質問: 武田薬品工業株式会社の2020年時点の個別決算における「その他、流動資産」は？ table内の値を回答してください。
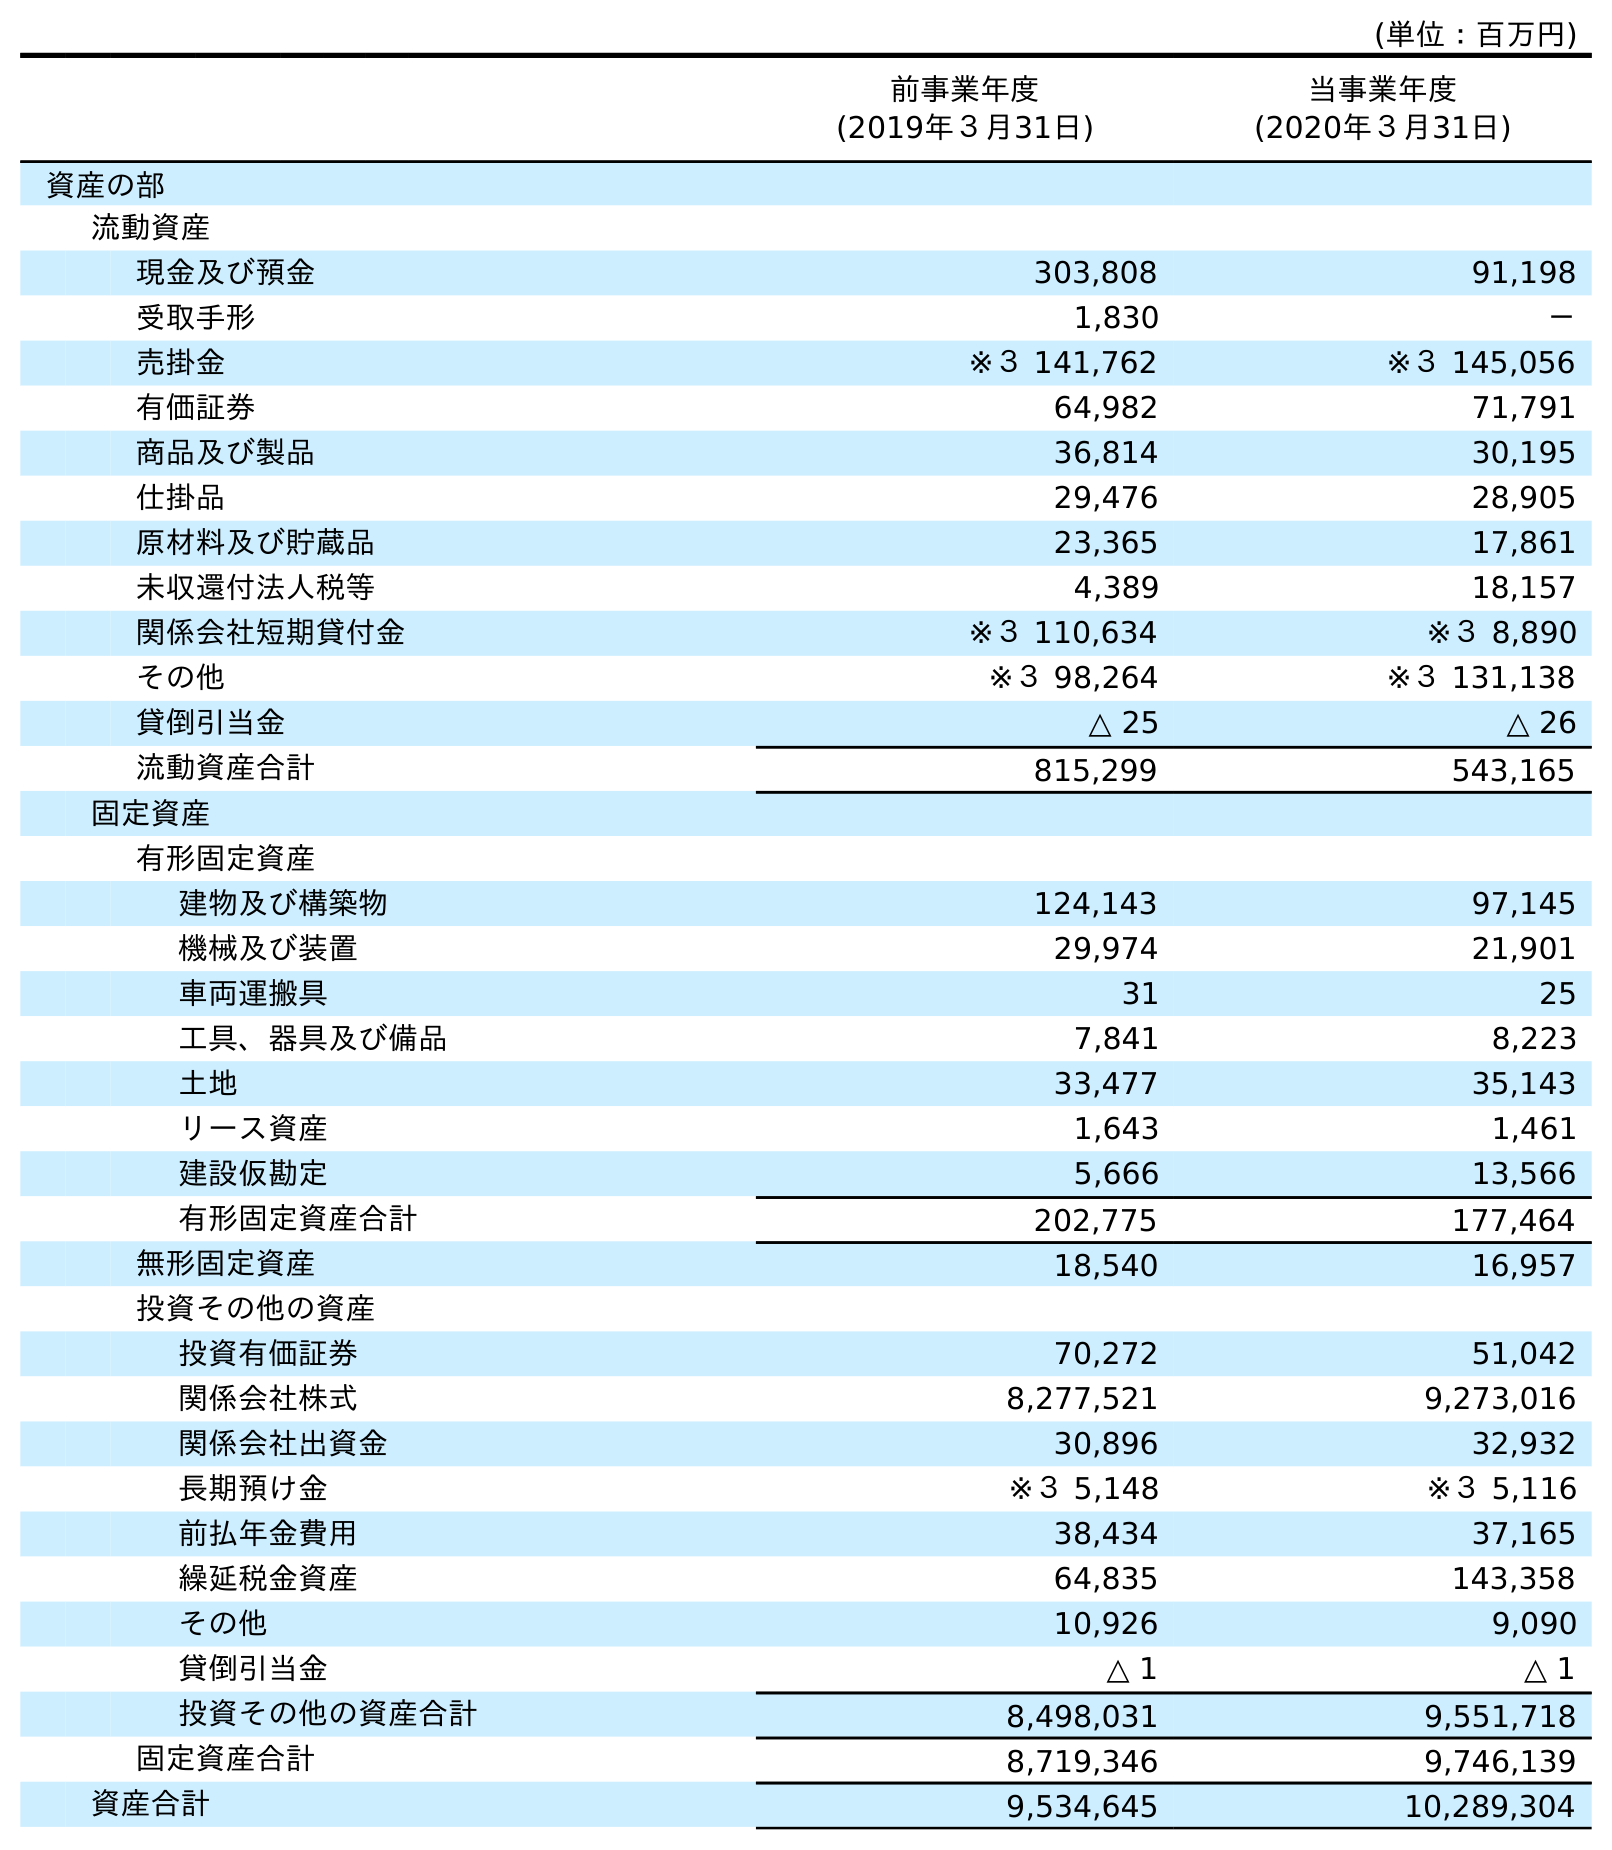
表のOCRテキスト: (単位：百万円) 前事業年度 (2019年３月31日) 当事業年度 (2020年３月31日) 資産の部 流動資産 現金及び預金 303,808 91,198 受取手形 1,830 － 売掛金 ※３ 141,762 ※３ 145,056 有価証券 64,982 71,791 商品及び製品 36,814 30,195 仕掛品 29,476 28,905 原材料及び貯蔵品 23,365 17,861 未収還付法人税等 4,389 18,157 関係会社短期貸付金 ※３ 110,634 ※３ 8,890 その他 ※３ 98,264 ※３ 131,138 貸倒引当金 △ 25 △ 26 流動資産合計 815,299 543,165 固定資産 有形固定資産 建物及び構築物 124,143 97,145 機械及び装置 29,974 21,901 車両運搬具 31 25 工具、器具及び備品 7,841 8,223 土地 33,477 35,143 リース資産 1,643 1,461 建設仮勘定 5,666 13,566 有形固定資産合計 202,775 177,464 無形固定資産 18,540 16,957 投資その他の資産 投資有価証券 70,272 51,042 関係会社株式 8,277,521 9,273,016 関係会社出資金 30,896 32,932 長期預け金 ※３ 5,148 ※３ 5,116 前払年金費用 38,434 37,165 繰延税金資産 64,835 143,358 その他 10,926 9,090 貸倒引当金 △ 1 △ 1 投資その他の資産合計 8,498,031 9,551,718 固定資産合計 8,719,346 9,746,139 資産合計 9,534,645 10,289,304
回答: ※３131,138